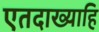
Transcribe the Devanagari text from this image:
एतदाख्याहि